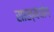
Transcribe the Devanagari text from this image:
साख्यंयोग